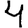
Digit: 4